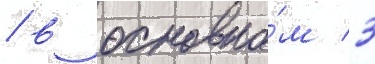
/ в основно́м 3